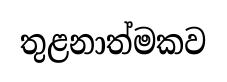
තුළනාත්මකව